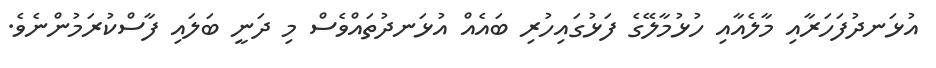
އުޅަނދުފަހަރާއި މާލެއާއި ހުޅުމާލޭގެ ފަޅުގައިހުރި ބައެއް އުޅަނދުތައްވެސް މި ދަނީ ބަލައި ފާސްކުރަމުންނެވެ.